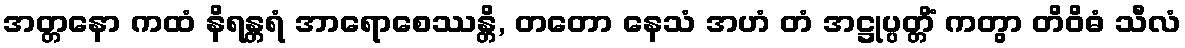
အတ္တနော ကထံ နိရန္တရံ အာရောစေဿန္တိ, တတော နေသံ အဟံ တံ အဋ္ဌုပ္ပတ္တိံ ကတွာ တိဝိဓံ သီလံ